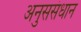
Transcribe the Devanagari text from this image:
अनुससंधान